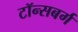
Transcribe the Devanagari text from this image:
टॉन्सबर्ग